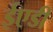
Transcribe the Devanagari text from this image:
ईएडी